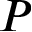
P